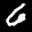
Label: 6